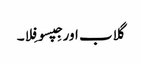
گلاب اور جِپسوفِلا۔